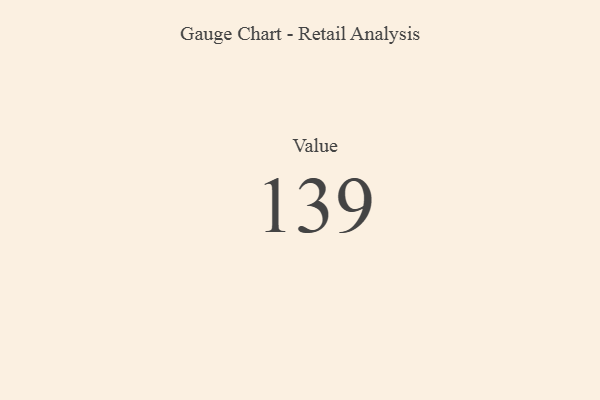
{"axis": {"x": "Metric", "y": "Value"}, "legend": [""], "data": [{"x": "Value", "y": 139, "type": ""}]}